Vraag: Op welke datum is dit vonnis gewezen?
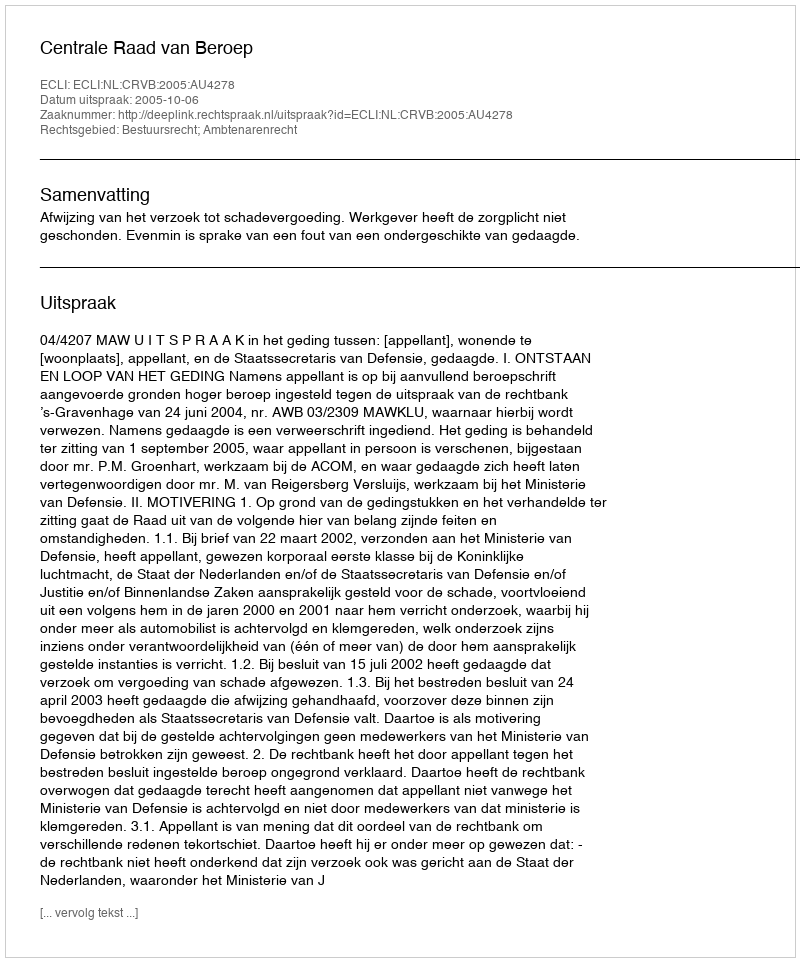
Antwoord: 2005-10-06